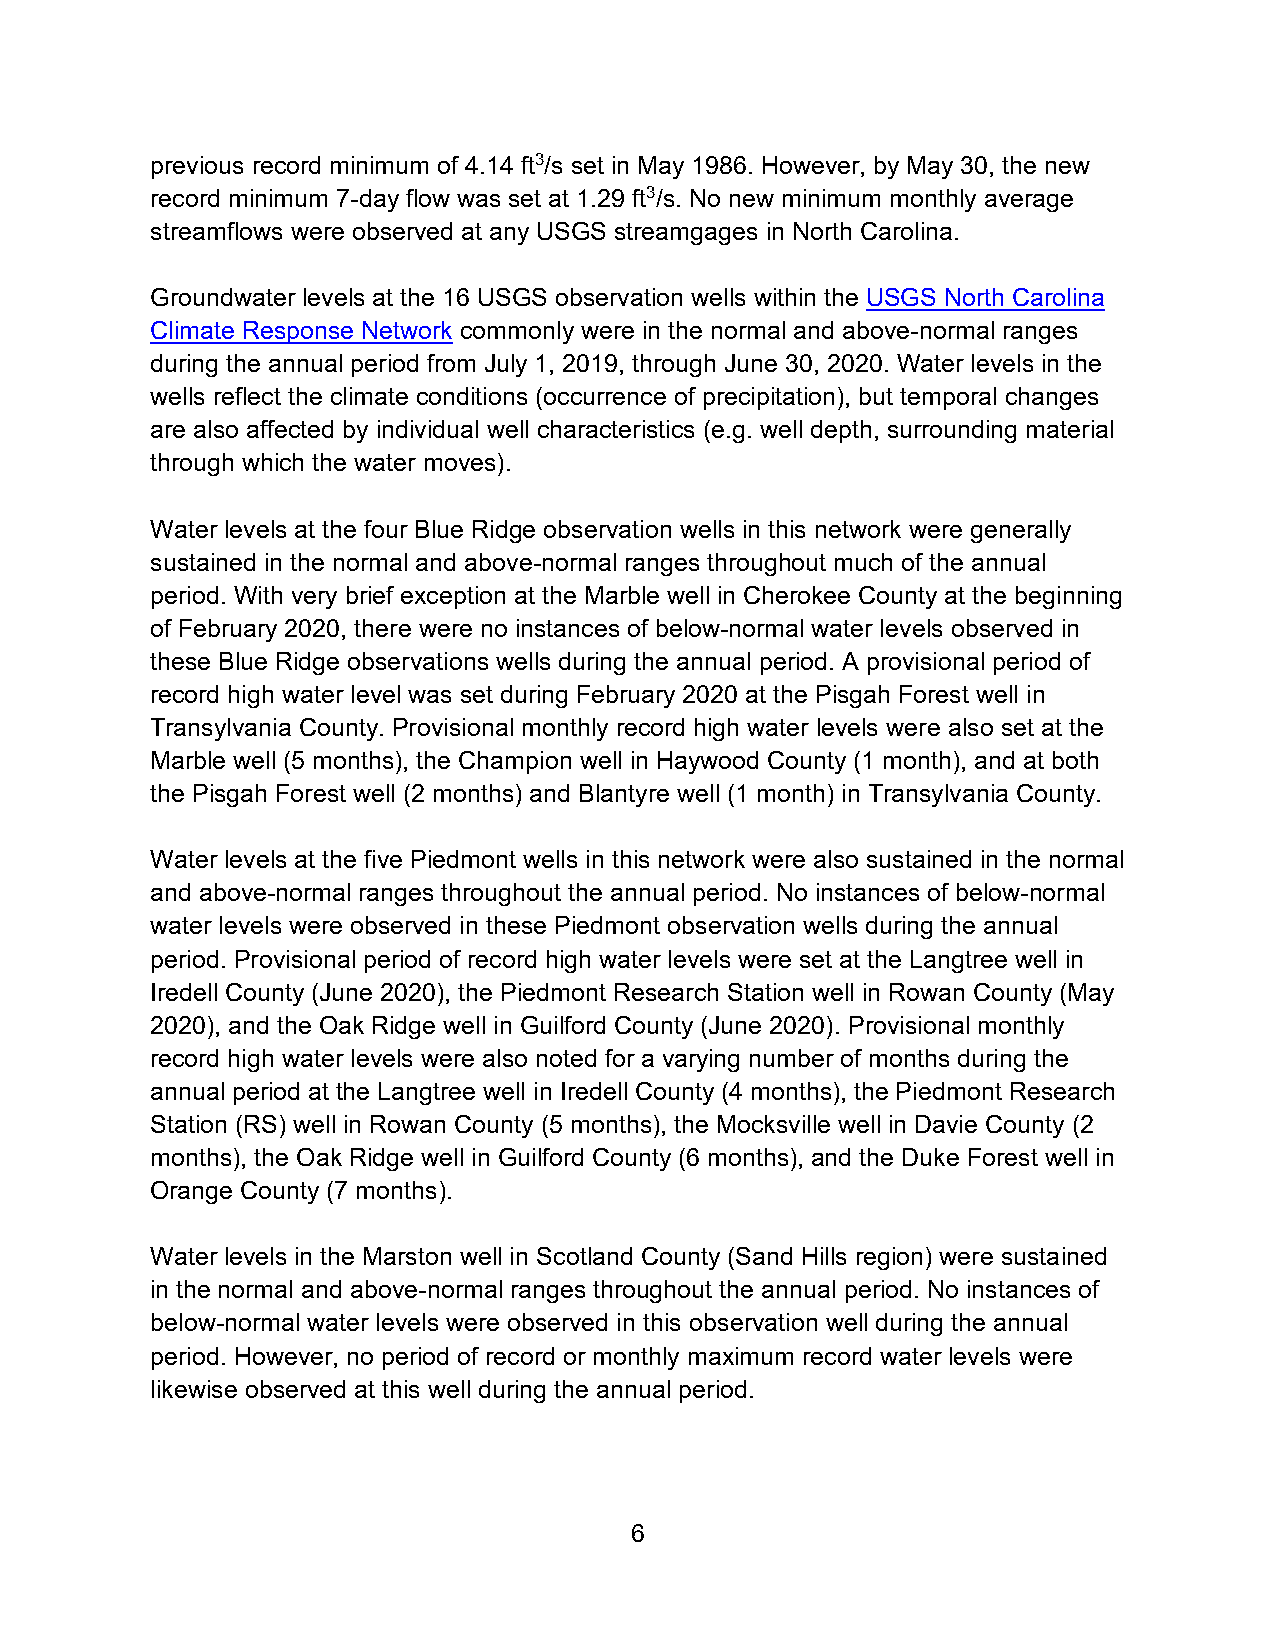
previous record minimum of 4.14 ft3/s set in May 1986. However, by May 30, the new
 record minimum 7-day flow was set at 1.29 ft3/s. No new minimum monthly average
 streamflows were observed at any USGS streamgages in North Carolina.
 Groundwater levels at the 16 USGS observation wells within the USGS North Carolina
 Climate Response Network commonly were in the normal and above-normal ranges
 during the annual period from July 1, 2019, through June 30, 2020. Water levels in the
 wells reflect the climate conditions (occurrence of precipitation), but temporal changes
 are also affected by individual well characteristics (e.g. well depth, surrounding material
 through which the water moves).
 Water levels at the four Blue Ridge observation wells in this network were generally
 sustained in the normal and above-normal ranges throughout much of the annual
 period. With very brief exception at the Marble well in Cherokee County at the beginning
 of February 2020, there were no instances of below-normal water levels observed in
 these Blue Ridge observations wells during the annual period. A provisional period of
 record high water level was set during February 2020 at the Pisgah Forest well in
 Transylvania County. Provisional monthly record high water levels were also set at the
 Marble well (5 months), the Champion well in Haywood County (1 month), and at both
 the Pisgah Forest well (2 months) and Blantyre well (1 month) in Transylvania County.
 Water levels at the five Piedmont wells in this network were also sustained in the normal
 and above-normal ranges throughout the annual period. No instances of below-normal
 water levels were observed in these Piedmont observation wells during the annual
 period. Provisional period of record high water levels were set at the Langtree well in
 Iredell County (June 2020), the Piedmont Research Station well in Rowan County (May
 2020), and the Oak Ridge well in Guilford County (June 2020). Provisional monthly
 record high water levels were also noted for a varying number of months during the
 annual period at the Langtree well in Iredell County (4 months), the Piedmont Research
 Station (RS) well in Rowan County (5 months), the Mocksville well in Davie County (2
 months), the Oak Ridge well in Guilford County (6 months), and the Duke Forest well in
 Orange County (7 months).
 Water levels in the Marston well in Scotland County (Sand Hills region) were sustained
 in the normal and above-normal ranges throughout the annual period. No instances of
 below-normal water levels were observed in this observation well during the annual
 period. However, no period of record or monthly maximum record water levels were
 likewise observed at this well during the annual period.
 6